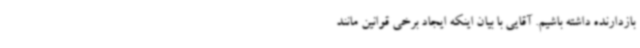
بازدارنده داشته باشیم. آقایی با بیان اینکه ایجاد برخی قوانین مانند